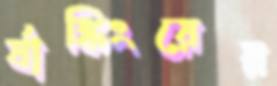
র‍্যাঙ্কিংয়ের